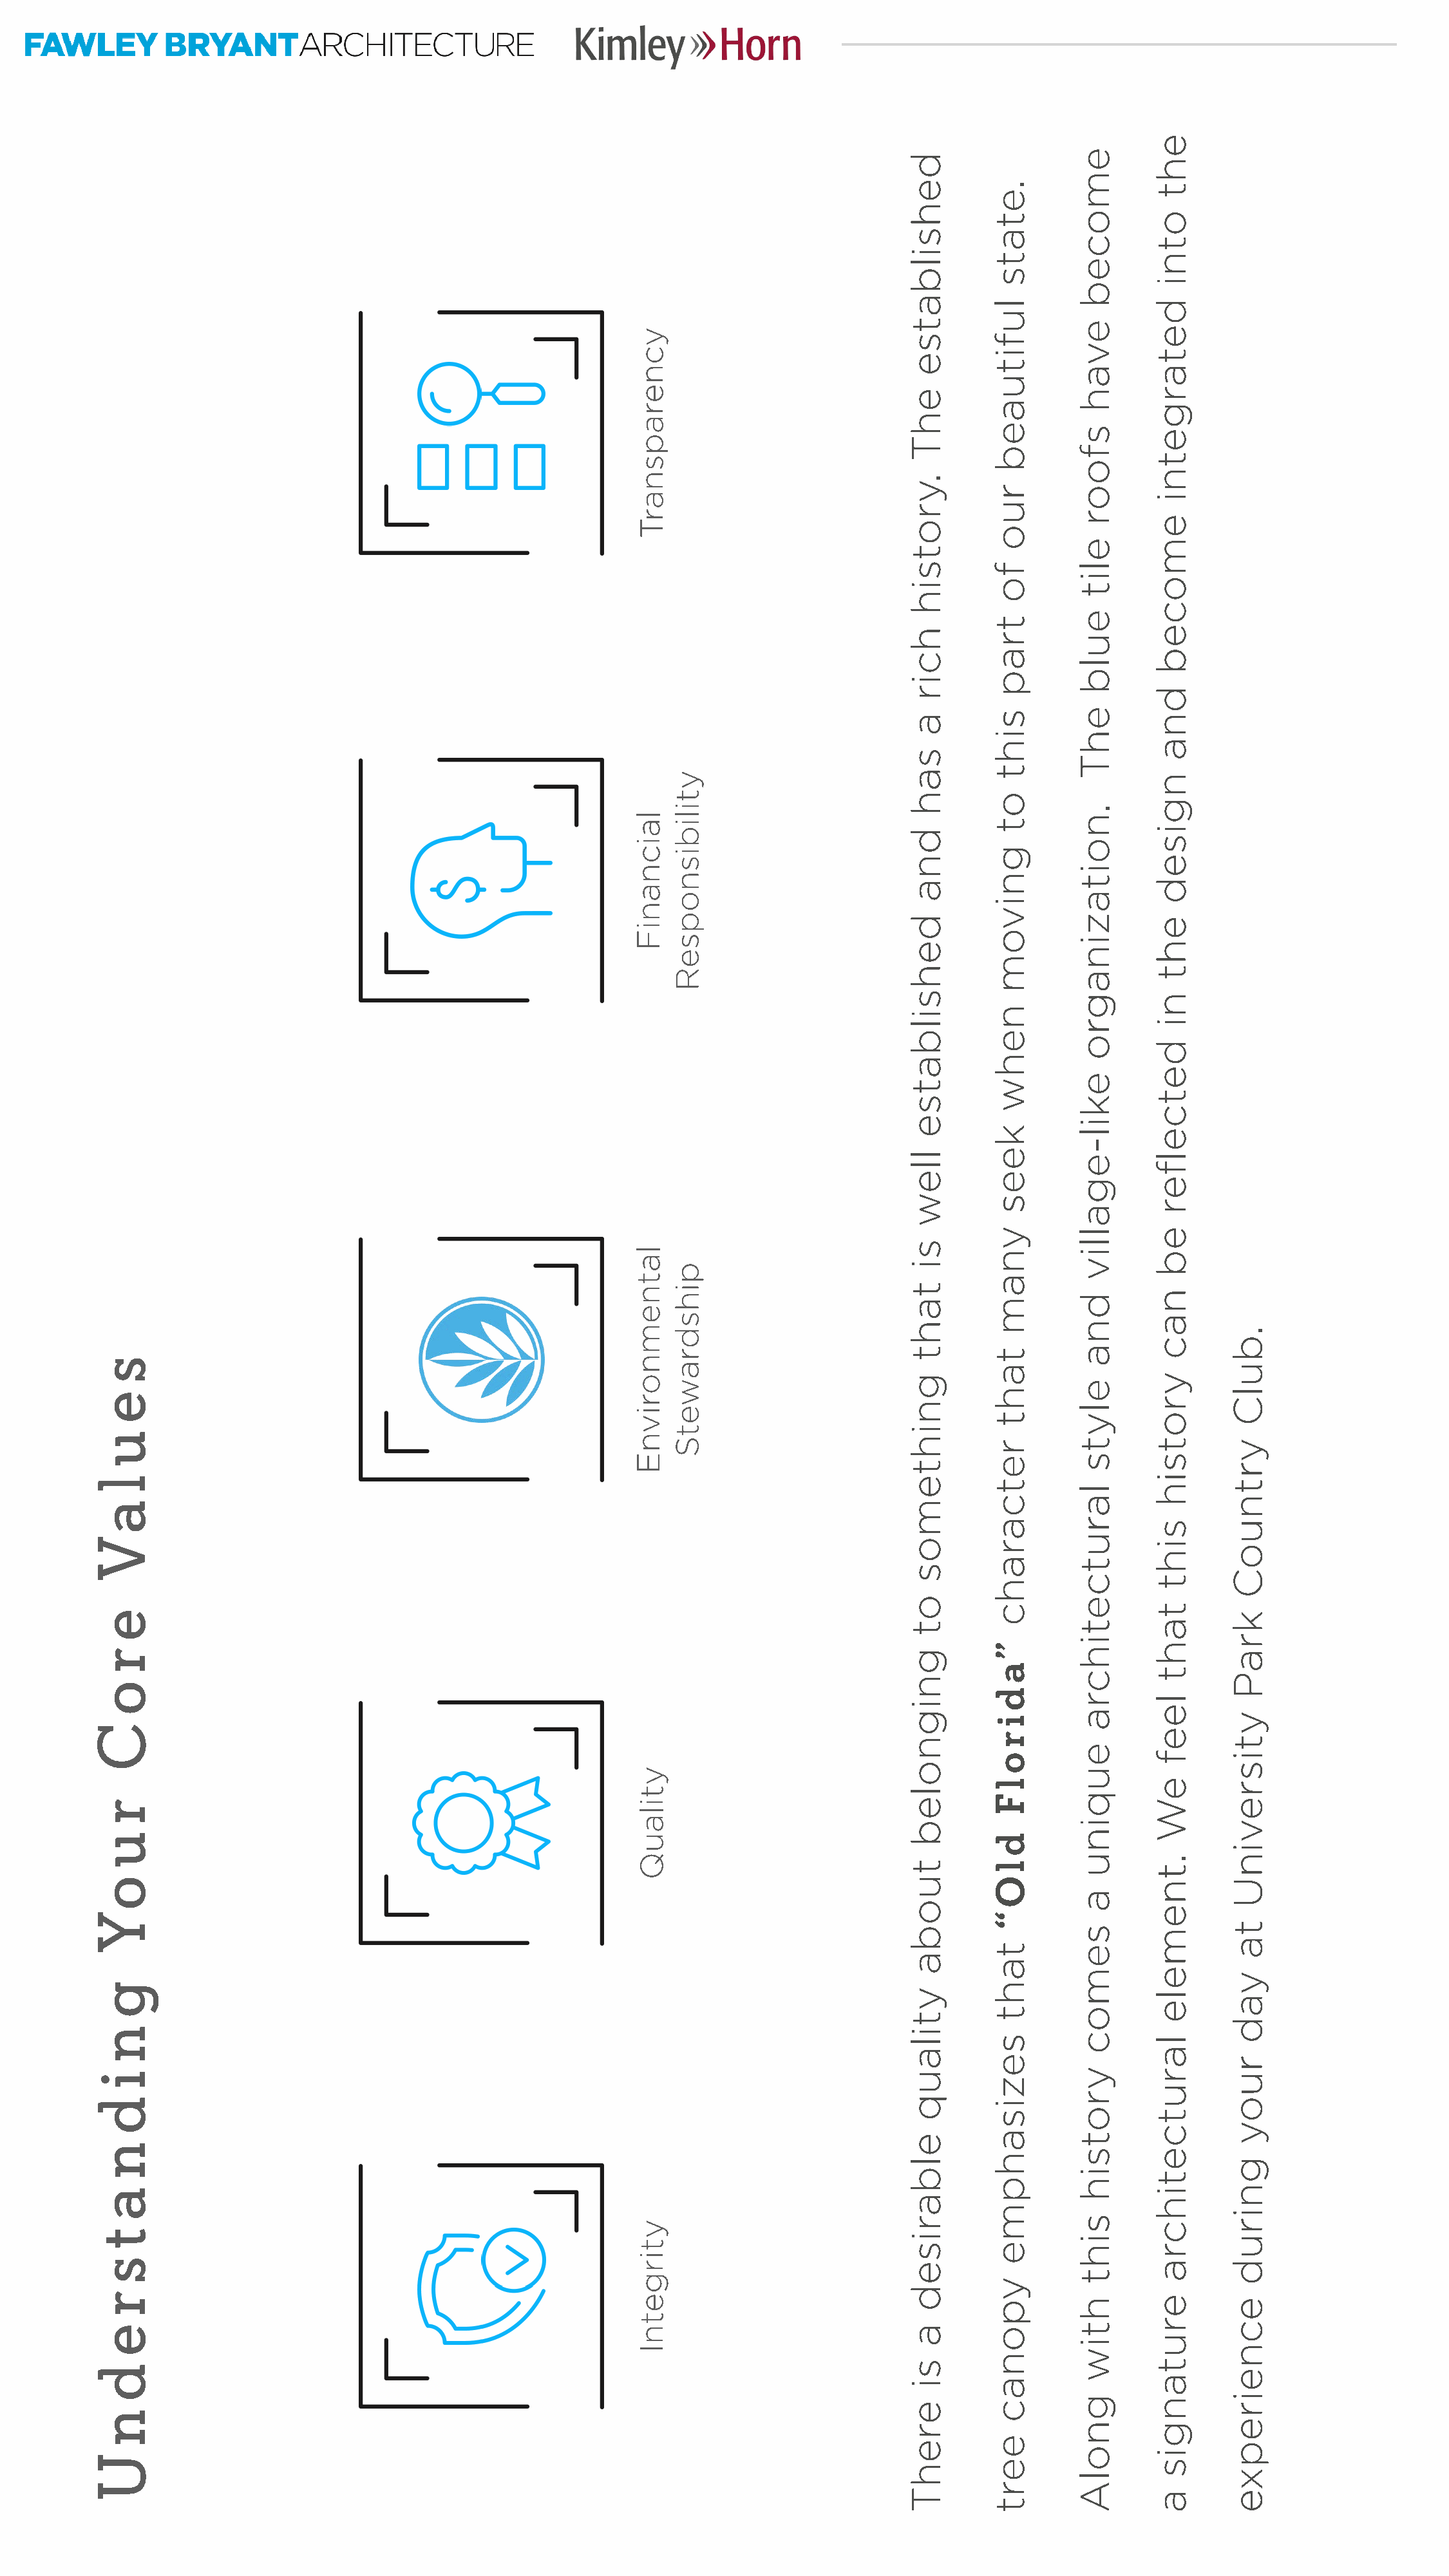
Kimley>>>H        orn
 FAWLEY        BRYANTA         RCHITECTURE
 L□□□
 7
 7
 L
 .  7
 >'
 s
 e
 u
 l
 aV
 e
 r
 o
 C
 r
 u
 oY
 g
 n
 i
 d
 n
 a
 t
 s
 r
 e
 d
 n
 U
 ycnerapsnarT
 laicnaniF
 latnemnorivnE
 ytilauQ
 ytirgetnI
 ytilibisnopseR
 pihsdrawetS
 dehsilbatse
 ehT
 .yrotsih
 hcir
 a
 sah
 dna
 dehsilbatse
 llew
 si
 taht
 gnihtemos
 ot
 gnignoleb
 tuoba
 ytilauq
 elbarised
 a
 si
 erehT
 .etats
 lufituaeb
 ruo
 fo
 trap
 siht
 ot
 gnivom
 nehw
 kees
 ynam
 taht
 retcarahc
 ”adirolF
 dlO“
 taht
 sezisahpme
 yponac
 eert
 emoceb
 evah
 sfoor
 elit
 eulb
 ehT
 .noitazinagro
 ekil-egalliv
 dna
 elyts
 larutcetihcra
 euqinu
 a
 semoc
 yrotsih
 siht
 htiw
 gnolA
 eht
 otni
 detargetni
 emoceb
 dna
 ngised
 eht
 ni
 detcelfer
 eb
 nac
 yrotsih
 siht
 taht
 leef
 eW
 .tnemele
 larutcetihcra
 erutangis
 a
 .bulC
 yrtnuoC
 kraP
 ytisrevinU
 ta
 yad
 ruoy
 gnirud
 ecneirepxe